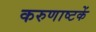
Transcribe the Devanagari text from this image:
करुणाष्टकें